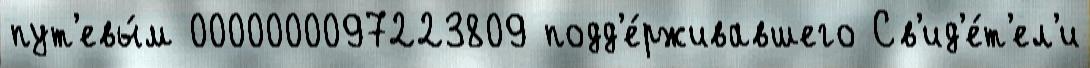
пут'евы́м 0000000097223809 подд'е́рживавшего Св'ид'е́т'ел'и